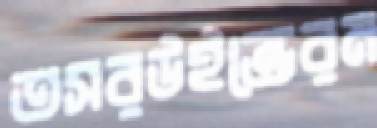
তসরউইন্ডেরম